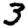
Digit: 3